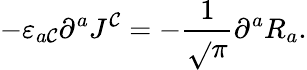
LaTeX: -\varepsilon_{a\mathcal{C}}\partial^{a}J^{\mathcal{C}}=-\frac{{1}}{{\sqrt{}{{\pi}}}}\partial^{a}R_{a}.